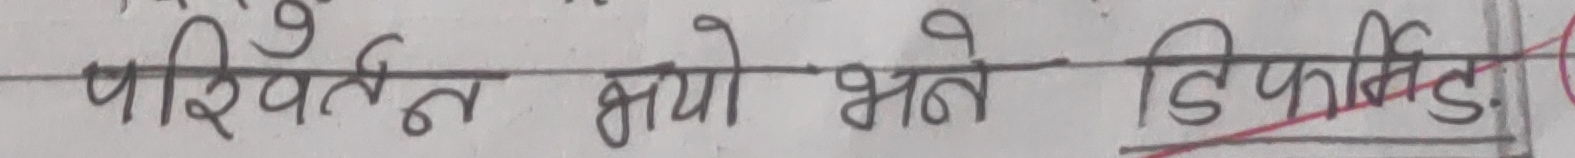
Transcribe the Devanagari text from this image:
परिवर्तन भयो भने डिफल्ट